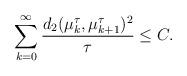
LaTeX: \begin{align*} \sum_{k=0}^{\infty} \frac{d_2(\mu_k^{\tau},\mu_{k+1}^{\tau})^2}{\tau} \leq C.\end{align*}